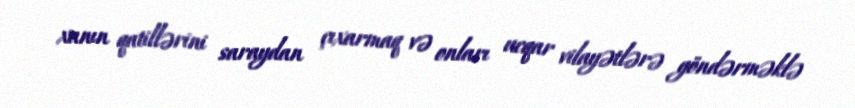
xanın qatillərini saraydan çıxarmaq və onları ucqar vilayətlərə göndərməklə